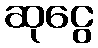
ဆုငွေ